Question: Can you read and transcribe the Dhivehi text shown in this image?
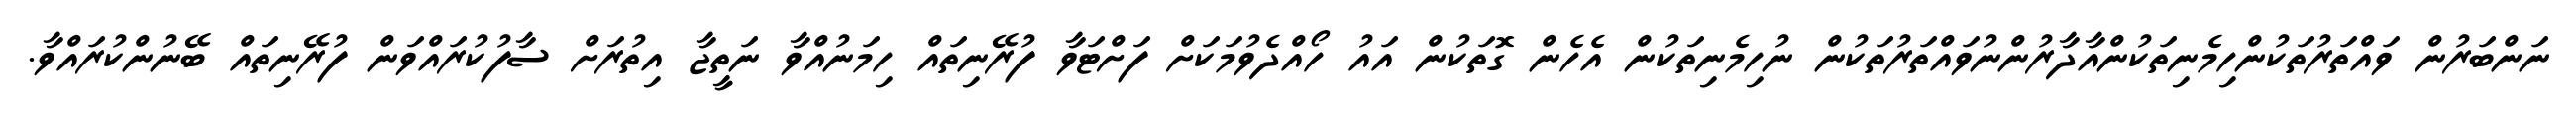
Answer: ނަންބަރުން ވައްތަރުތަކުންހިމެނިތަކުންއާދާރުންނުވައްތަރުތަކުން ނުހިމެނިތަކުން އެހެން ގޮތަކުން އައު ހޯއްދެވުމަކަށް ފަށްޓަވާ ފުރޭނިތައް ހިމަނުއްވާ ނަތީޖާ އިތުރަށް ސާފުކުރައްވަން ފުރޭނިތައް ބޭނުންކުރައްވާ.